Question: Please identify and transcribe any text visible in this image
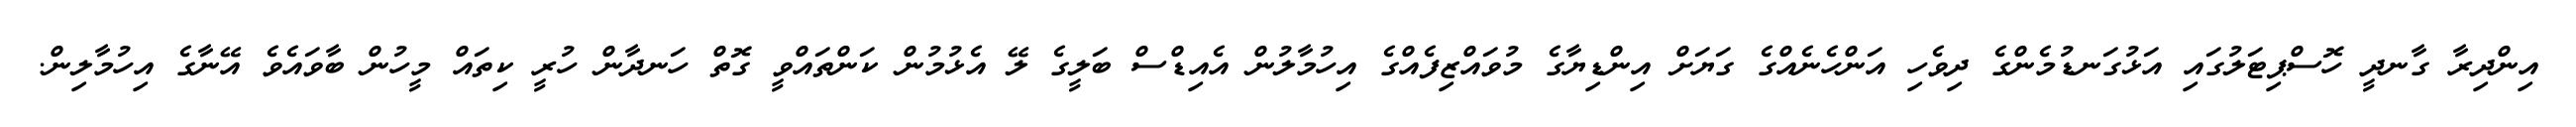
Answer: އިންދިރާ ގާނދީ ހޮސްޕިޓަލުގައި އަޅުގަނޑުމެންގެ ދިވެހި އަންހެނެއްގެ ގަޔަށް އިންޑިޔާގެ މުވައްޒިފެއްގެ އިހުމާލުން އެއިޑްސް ބަލީގެ ލޭ އެޅުމުން ކަންތައްވީ ގޮތް ހަނދާން ހުރީ ކިތައް މީހުން ބާވައެވެ އޭނާގެ އިހުމާލިން.